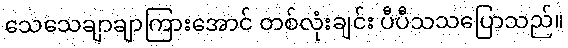
သေသေချာချာကြားအောင် တစ်လုံးချင်း ပီပီသသပြောသည်။